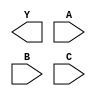
module sky130_fd_sc_hs__nor3 (
    Y,
    A,
    B,
    C
);

    output Y;
    input  A;
    input  B;
    input  C;

    // Voltage supply signals
    supply1 VPWR;
    supply0 VGND;

endmodule